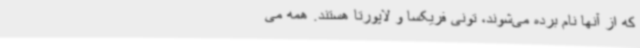
که از آنها نام برده می‌شوند، تونی فریکسا و لاپورتا هستند. همه می‌